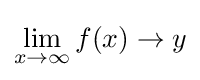
\lim _{x\to \infty }f(x)\to y